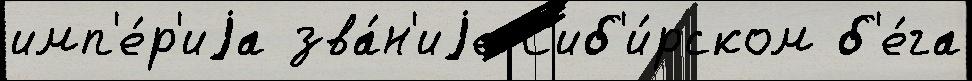
имп'е́р'иjа зва́н'иjе С'иб'и́рском б'е́га